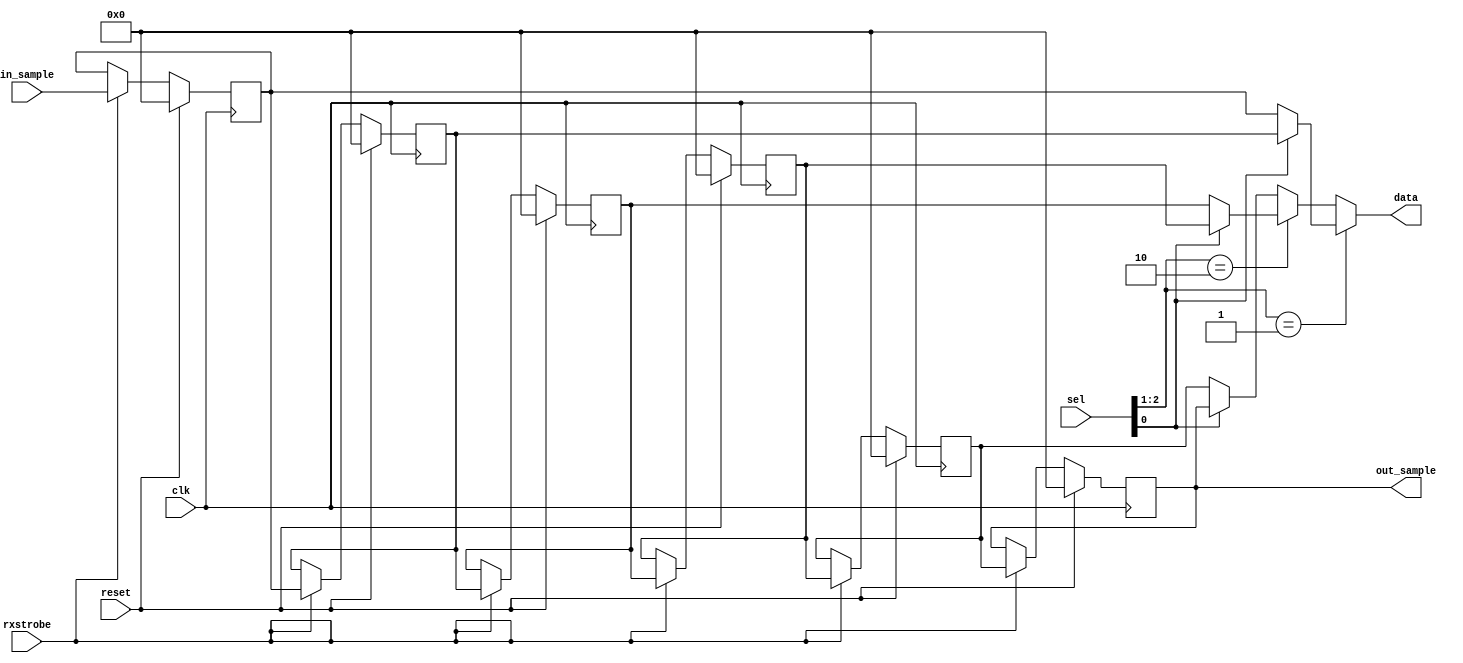
module shift_register(input clk, input reset, input rxstrobe, 
                 input [7:0] in_sample, output wire [7:0] out_sample, 
                 input [2:0] sel, output wire [7:0] data);
  
    reg signed [7:0] shift [5:0];
    integer i;
    assign out_sample = shift[5];
    assign data = (sel[2:1] == 2'd1) ? ((sel[0]) ? shift[1] : shift[0]) :
                  (sel[2:1] == 2'd2) ? ((sel[0]) ? shift[3] : shift[2]) :
                                       ((sel[0]) ? shift[5] : shift[4]) ;

    always @ (posedge clk)
        if(reset)
          begin
            for (i = 0; i< 6; i = i + 1)
                shift[i] <= 0;
          end
        else if (rxstrobe)
          begin
            for (i = 1; i< 6; i = i + 1)
                shift[i] <= shift[i-1];
            shift[0] <= in_sample;
          end

endmodule